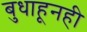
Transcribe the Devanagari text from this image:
बुधाहूनही